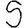
Digit: 5